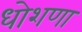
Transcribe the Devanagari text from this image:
धोशणा